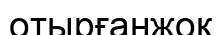
отырғанжоқ